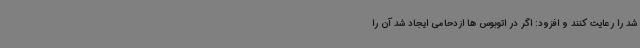
شد را رعایت کنند و افزود: اگر در اتوبوس ها ازدحامی ایجاد شد آن را